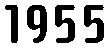
1955